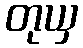
တုယှ